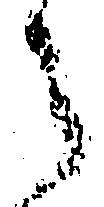
之